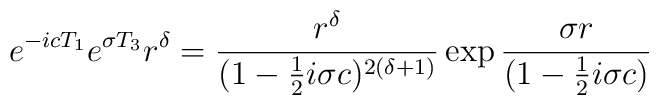
e^{-icT_1}e^{\sigma T_3}r^\delta = {r^\delta\over (1-{1\over 2}i\sigma c)^{2(\delta + 1)}}\exp {{\sigma r \over (1-{1\over 2}i\sigma c)}}